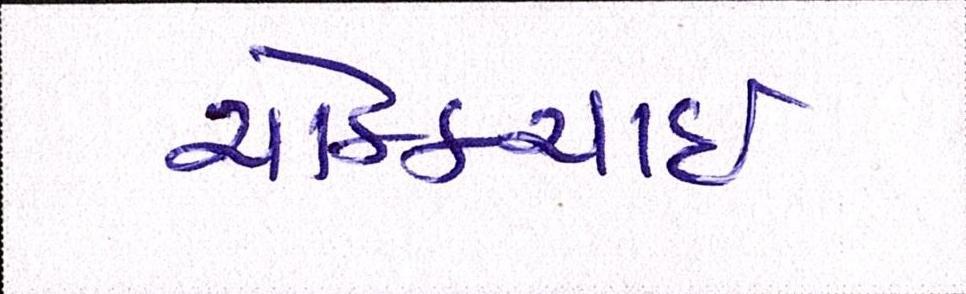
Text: ચોક્કચાઇ